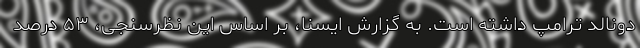
دونالد ترامپ داشته است. به گزارش ایسنا، بر اساس این نظرسنجی، ۵۳ درصد